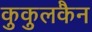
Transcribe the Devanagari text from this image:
कुकुलकैन